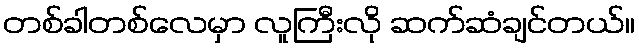
တစ်ခါတစ်လေမှာ လူကြီးလို ဆက်ဆံချင်တယ်။